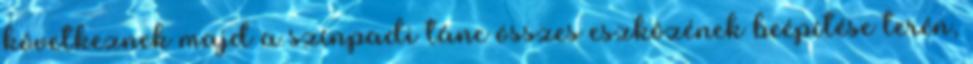
következnek majd a színpadi tánc összes eszközének beépítése terén,